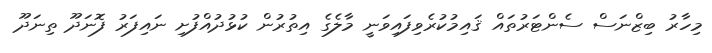
މިހާރު ބިޒްނަސް ސެންޓަރުތައް ޤައިމުކުރެވިފައިވަނީ މާލެގެ އިތުރުން ކުޅުދުއްފުށި ނައިފަރު ފޮނަދޫ ތިނަދޫ